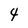
Character: 4